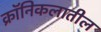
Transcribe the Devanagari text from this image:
क्रॉनिकलातील